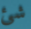
شئ